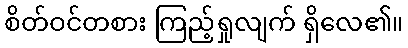
စိတ်ဝင်တစား ကြည့်ရှုလျက် ရှိလေ၏။